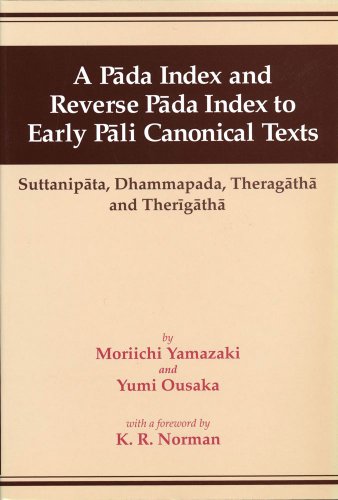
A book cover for A PÃ¡da Index and Reverse PÃ¡da Index to Early PÃ¡li Canonical Texts: SuttanipÃ¡ta, Dhammapada, TheragÃ¡thÃ¡, and TherigÃ¡thÃ¡; Moriichi Yamazaki; Religion & Spirituality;